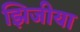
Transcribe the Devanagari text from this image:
झिजीया